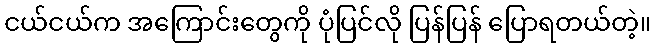
ငယ်ငယ်က အကြောင်းတွေကို ပုံပြင်လို ပြန်ပြန် ပြောရတယ်တဲ့။